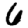
Digit: 6